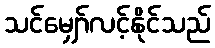
သင်မျှော်လင့်နိုင်သည်